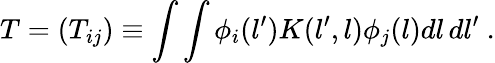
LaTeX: T=(T_{ij})\equiv\int\int\phi_{i}(l^{\prime})K(l^{\prime},l)\phi_{j}(l)dl\, dl^{\prime}\ .